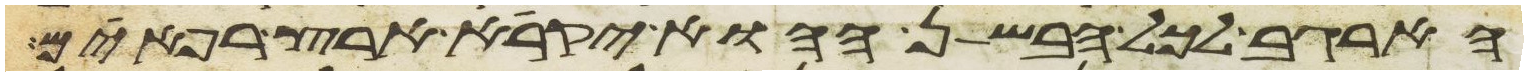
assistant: הארגב לכל הבשן ההוא יקרא ארץ רפאים